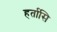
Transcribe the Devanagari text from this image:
हर्तासि